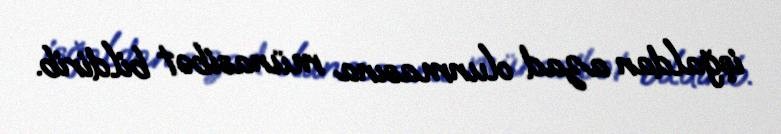
işğaldan azad olunmasına münasibət bildirib.